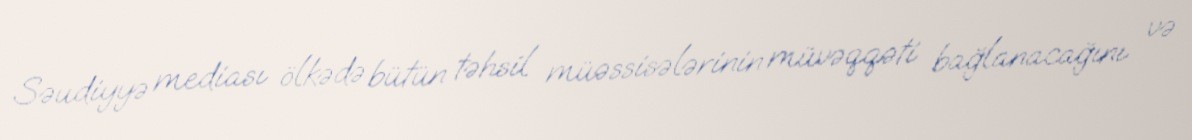
Səudiyyə mediası ölkədə bütün təhsil müəssisələrinin müvəqqəti bağlanacağını və